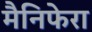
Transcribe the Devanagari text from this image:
मैनिफेरा